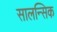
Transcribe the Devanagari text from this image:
सालन्सिक